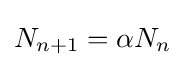
{\displaystyle N_{n+1}=\alpha N_{n}}